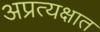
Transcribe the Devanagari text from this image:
अप्रत्यक्षात